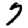
Digit: 7